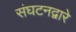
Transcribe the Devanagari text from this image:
संघटनद्वारे